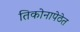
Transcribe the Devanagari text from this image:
तिकोनापेठेत